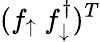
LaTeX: (f_{\uparrow}\ f_{\downarrow}^{\dagger})^{T}